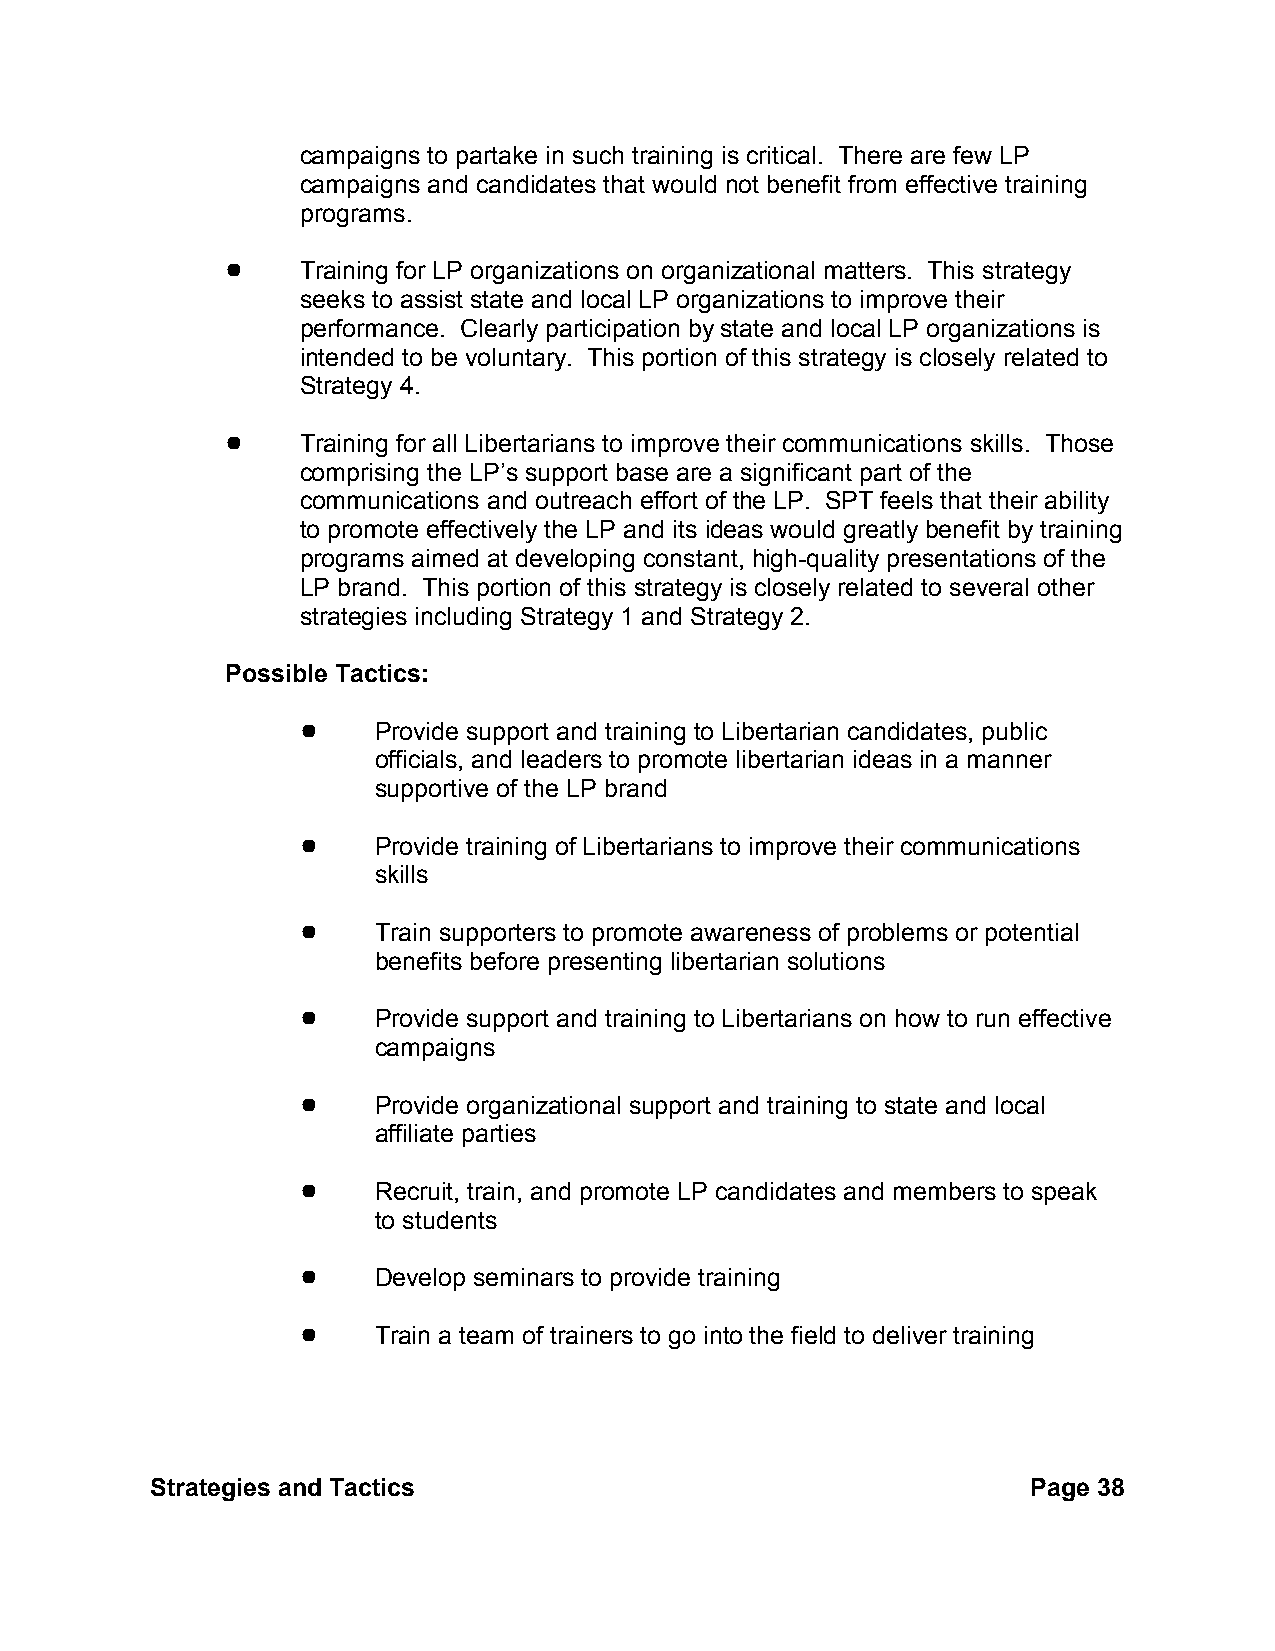
campaigns to partake in such training is critical. There are few LP
 campaigns and candidates that would not benefit from effective training
 programs.
 !    Training for LP organizations on organizational matters. This strategy
 seeks to assist state and local LP organizations to improve their
 performance. Clearly participation by state and local LP organizations is
 intended to be voluntary. This portion of this strategy is closely related to
 Strategy 4.
 !    Training for all Libertarians to improve their communications skills. Those
 comprising the LP’s support base are a significant part of the
 communications and outreach effort of the LP. SPT feels that their ability
 to promote effectively the LP and its ideas would greatly benefit by training
 programs aimed at developing constant, high-quality presentations of the
 LP brand. This portion of this strategy is closely related to several other
 strategies including Strategy 1 and Strategy 2.
 Possible Tactics:
 !    Provide support and training to Libertarian candidates, public
 officials, and leaders to promote libertarian ideas in a manner
 supportive of the LP brand
 !    Provide training of Libertarians to improve their communications
 skills
 !    Train supporters to promote awareness of problems or potential
 benefits before presenting libertarian solutions
 !    Provide support and training to Libertarians on how to run effective
 campaigns
 !    Provide organizational support and training to state and local
 affiliate parties
 !    Recruit, train, and promote LP candidates and members to speak
 to students
 !    Develop seminars to provide training
 !    Train a team of trainers to go into the field to deliver training
 Strategies and Tactics                                    Page 38